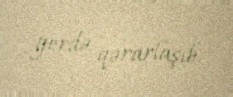
yerdə qərarlaşıb.